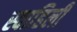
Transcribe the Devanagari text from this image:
स्‍वाहिली